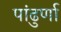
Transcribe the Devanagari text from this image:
पांढुर्णा